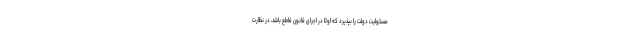
مسئولیت دولت را بپذیرد که اولا در اجرای قانون قاطع باشد، در نظارت